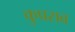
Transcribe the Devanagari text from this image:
कुप्रसव